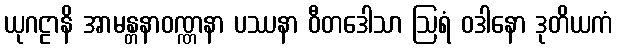
ယုဂဠာနိ အာမန္တနာဝဏ္ဏနာ ပဿနာ ဝီတဒေါသာ ဩရံ ဝဒါနော ဒုတိယကံ